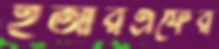
ইআরএফের